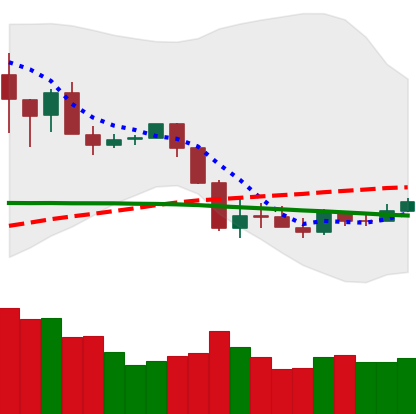
Ticker: XRP-USD
Chart end date: 2020-03-06
Forward return: -14.745%
Label: down_7plus